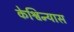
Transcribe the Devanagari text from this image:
केश्विन्यास